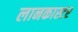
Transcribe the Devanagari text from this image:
लानकास्टर